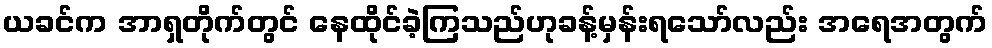
ယခင်က အာရှတိုက်တွင် နေထိုင်ခဲ့ကြသည်ဟုခန့်မှန်းရသော်လည်း အရေအတွက်